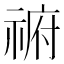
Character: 𰨈